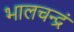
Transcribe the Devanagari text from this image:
भालचन्द्रं